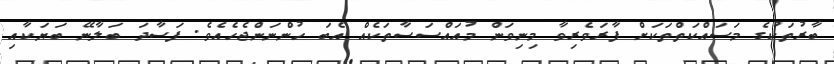
ބާރުތަކުގެ މަސައްކަތްތަކަށް ފާރަވެރިވާ މިނިވަން މުއައްސަސާތަކެއް އެބަ ހުންނަންޖެހެއެވެ. ފަސާދަ ބަލާނޭ ބަޔަކާއި